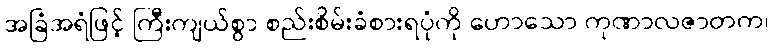
အခြံအရံဖြင့် ကြီးကျယ်စွာ စည်းစိမ်းခံစားရပုံကို ဟောသော ကုဏာလဇာတက၊